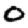
Digit: 0